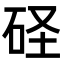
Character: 𥑋